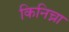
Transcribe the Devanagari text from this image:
किनिच्ना